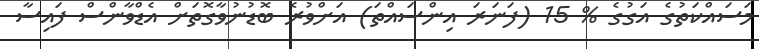
މަސައްކަތުގެ އަގުގެ % 15 (ފަނަރަ އިންސައްތަ) އަށްވުރެ ބޮޑުނުވާގޮތަށް އެޑްވާންސް ފައިސާ